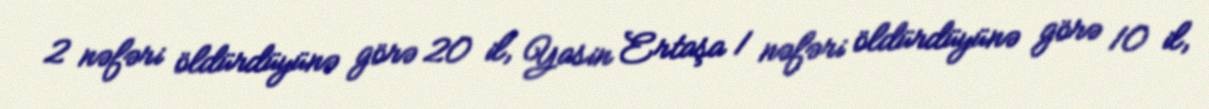
2 nəfəri öldürdüyünə görə 20 il, Yasin Ertaşa 1 nəfəri öldürdüyünə görə 10 il,